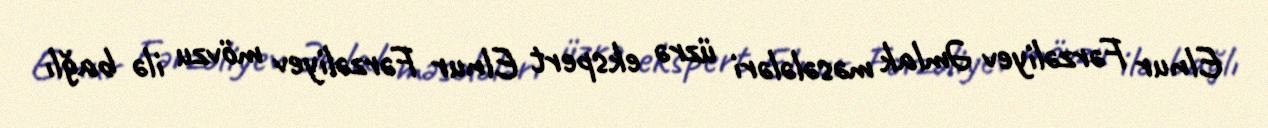
Elnur Fərzəliyev Əmlak məsələləri üzrə ekspert Elnur Fərzəliyev mövzu ilə bağlı